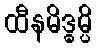
ထီနမိဒ္ဓမ္ပိ